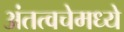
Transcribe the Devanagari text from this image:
अंतत्वचेमध्ये